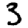
Digit: 3